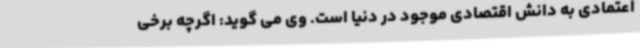
اعتمادی به دانش اقتصادی موجود در دنیا است. وی می گوید: اگرچه برخی